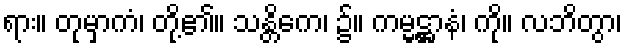
ရား။ တုမှာကံ၊ တို့၏။ သန္တိကေ၊ ၌။ ကမ္မဋ္ဌာနံ၊ ကို။ လဘိတွာ၊